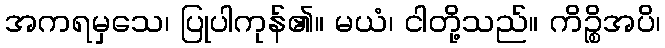
အကရမှသေ၊ ပြုပါကုန်၏။ မယံ၊ ငါတို့သည်။ ကိဉ္စိအပိ၊